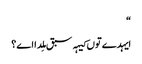
‏“‏
ایہدے توں کیہہ سبق مِلدا اے؟